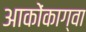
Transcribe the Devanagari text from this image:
आकोंकाग्वा